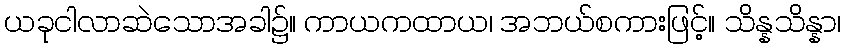
ယခုငါလာဆဲသောအခါ၌။ ကာယကထာယ၊ အဘယ်စကားဖြင့်။ သိန္နသိန္နာ၊